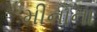
મીનાના